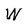
Character: W